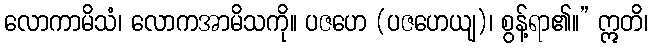
လောကာမိသံ၊ လောကအာမိသကို။ ပဇဟေ (ပဇဟေယျ)၊ စွန့်ရာ၏။” ဣတိ၊